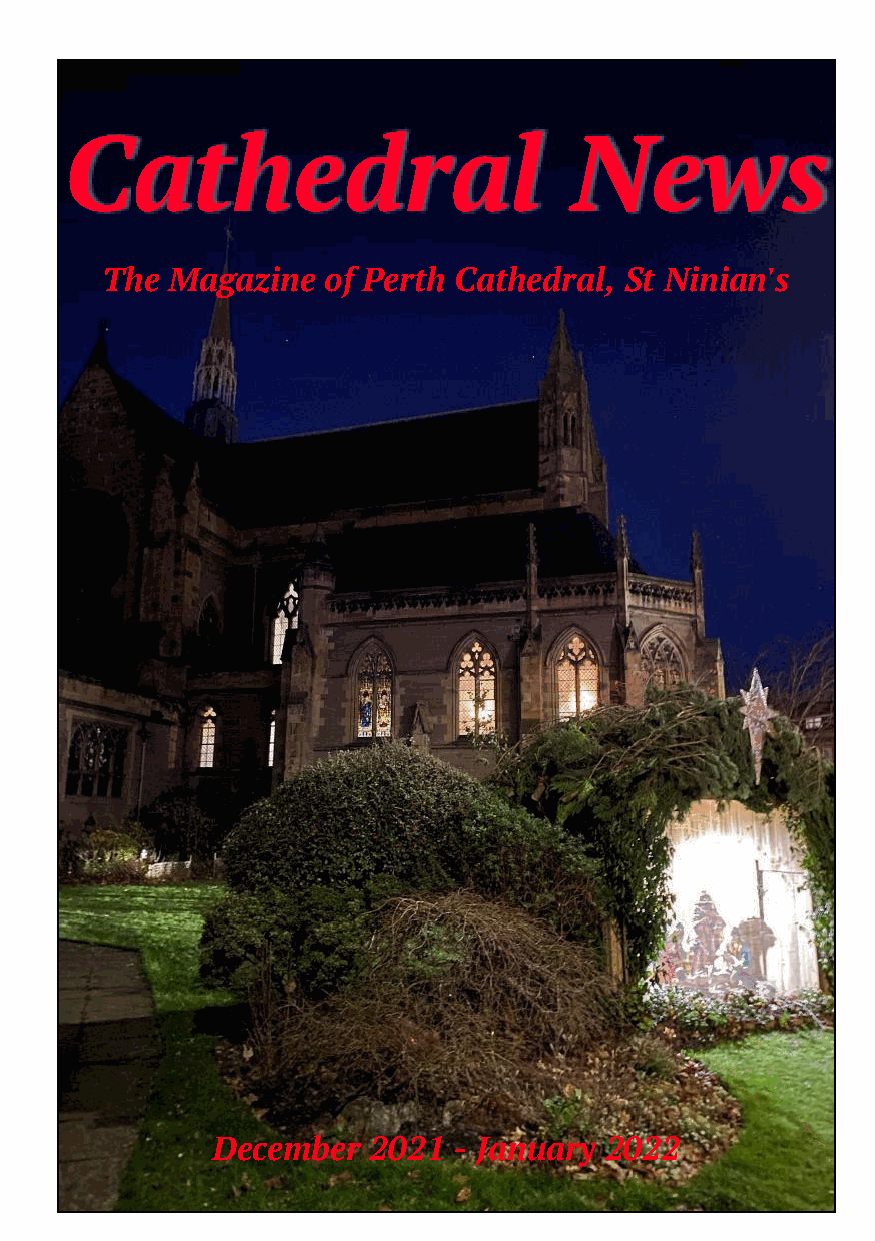
Cathedral                         News
 The Magazine  of Perth Cathedral, St Ninian's
 December  2021  - January 2022